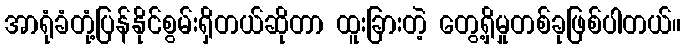
အာရုံခံတုံ့ပြန်နိုင်စွမ်းရှိတယ်ဆိုတာ ထူးခြားတဲ့ တွေ့ရှိမှုတစ်ခုဖြစ်ပါတယ်။